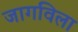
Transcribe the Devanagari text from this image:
जागविला